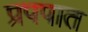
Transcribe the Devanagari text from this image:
प्रपपात